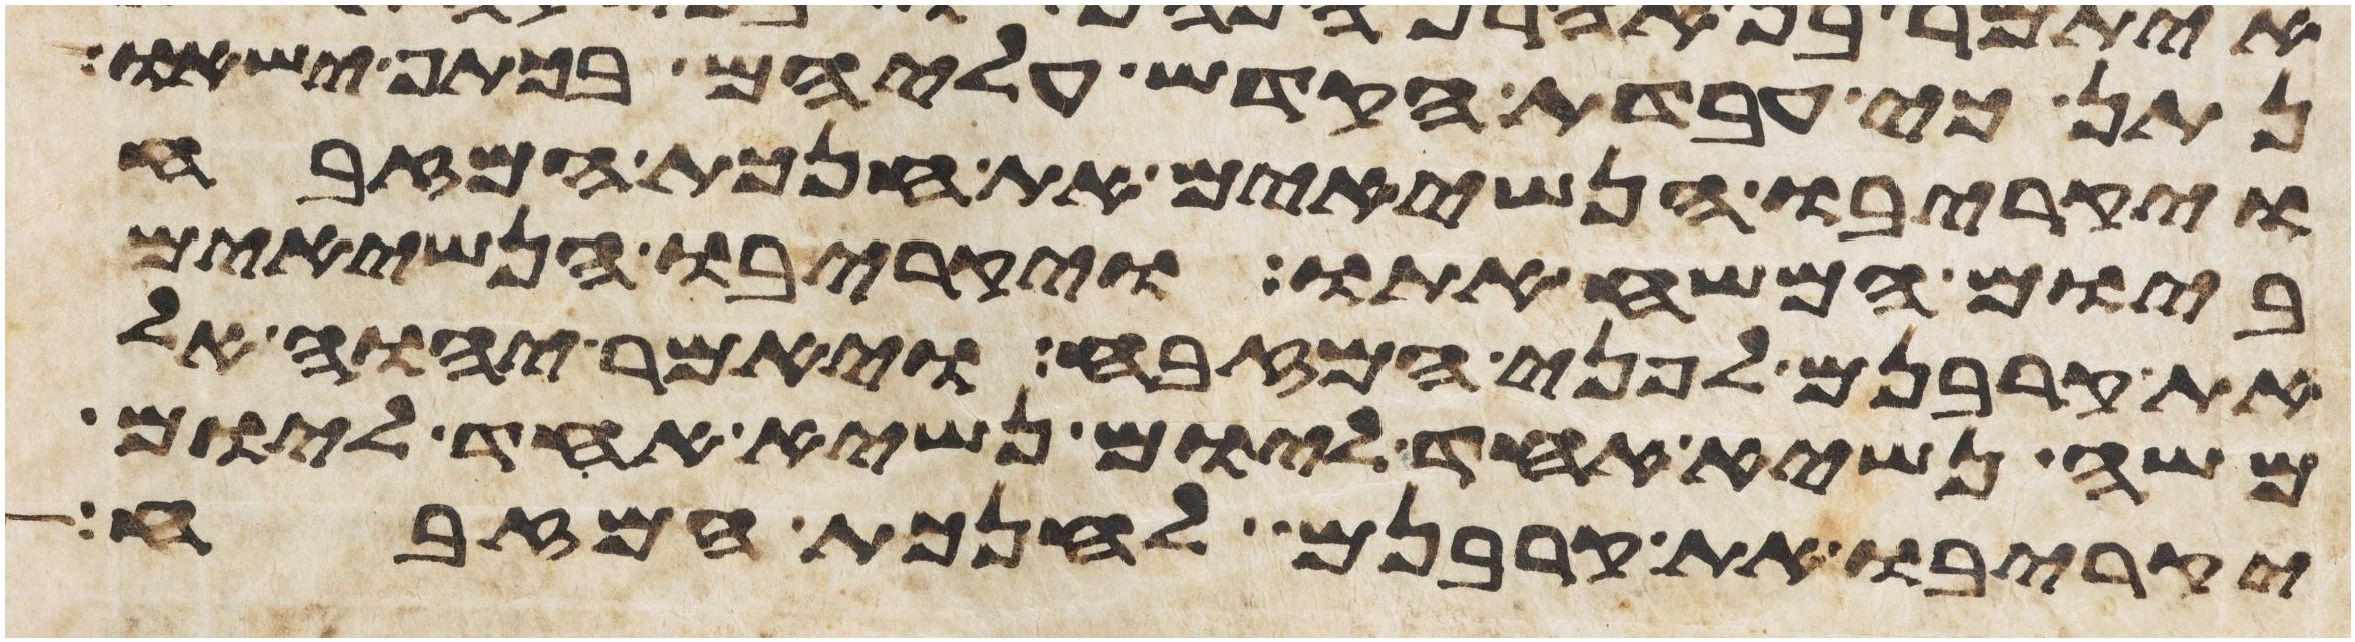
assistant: נתן כי עבדת הקדש עליהם בכתף ישאו
ויקריבו הנשיאים את חנכת המזבח
ביום המשיח אתו ויקריבו הנשיאים
את קרבנם לפני המזבח ויאמר יהוה אל
משה נשיא אחד ליום נשיא אחד ליום
יקריבו את קרבנם לחנכת המזבח